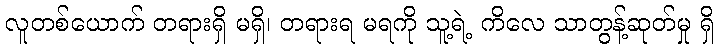
လူတစ်ယောက် တရားရှိ မရှိ၊ တရားရ မရကို သူ့ရဲ့ ကိလေ သာတွန့်ဆုတ်မှု ရှိ